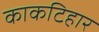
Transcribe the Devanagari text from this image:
काकटिहार